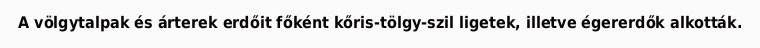
A völgytalpak és árterek erdőit főként kőris-tölgy-szil ligetek, illetve égererdők alkották.